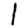
Digit: 1